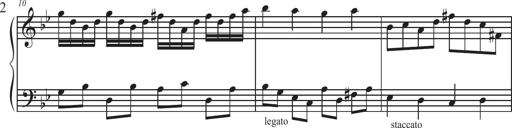
Title: Sonatina Espania
Composer: Jerald Franklin Archer
Key: Various